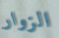
الزوار